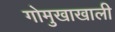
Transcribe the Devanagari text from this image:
गोमुखाखाली